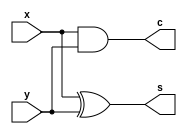
module ha2(x,y,s,c);
input x,y;
output s,c;
assign s = x^y;
assign c = x&y;
endmodule